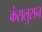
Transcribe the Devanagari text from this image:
कंसलुसन